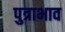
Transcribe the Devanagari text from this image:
पुत्राभाव